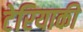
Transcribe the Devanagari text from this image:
टेरियाकी